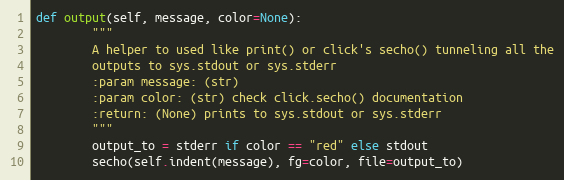
Language: Python
def output(self, message, color=None):
        """
        A helper to used like print() or click's secho() tunneling all the
        outputs to sys.stdout or sys.stderr
        :param message: (str)
        :param color: (str) check click.secho() documentation
        :return: (None) prints to sys.stdout or sys.stderr
        """
        output_to = stderr if color == "red" else stdout
        secho(self.indent(message), fg=color, file=output_to)